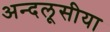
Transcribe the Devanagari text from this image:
अन्दलूसीया